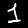
Digit: 1